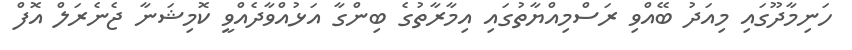
ހަނިމާދޫގައި މިއަދު ބޭއްވި ރަސްމިއްޔާތުގައި އިމާރާތުގެ ބިންގާ އަޅުއްވާދެއްވީ ކޮމިޝަނާ ޖެނެރަލް އޮފް